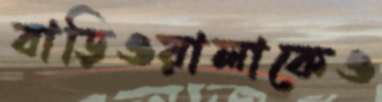
বাড়িওয়ালাকেও